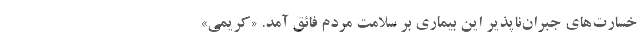
خسارت‌های جبران‌ناپذیر این بیماری بر سلامت مردم فائق آمد. «کریمی»